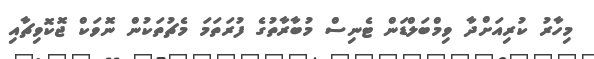
މިހާރު ކުރިއަށްދާ ވިމްބަލްޑަން ޓެނިސް މުބާރާތުގެ ފުރަތަމަ މެޗުތަކުން ނޮވަކް ޖޮކޮވިޗާއި